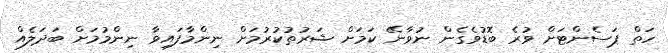
ހަތް ޕަސެންޓަށް ވުރެ ބޮޑުވެގެން ނުވާނޭ ކަމަށް ޝަރުތުކުރުމަށް ނިންމާފައިވާ ނިންމުމަށް ބަދަލެއް